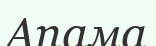
Апама